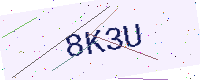
Text: 8K3U